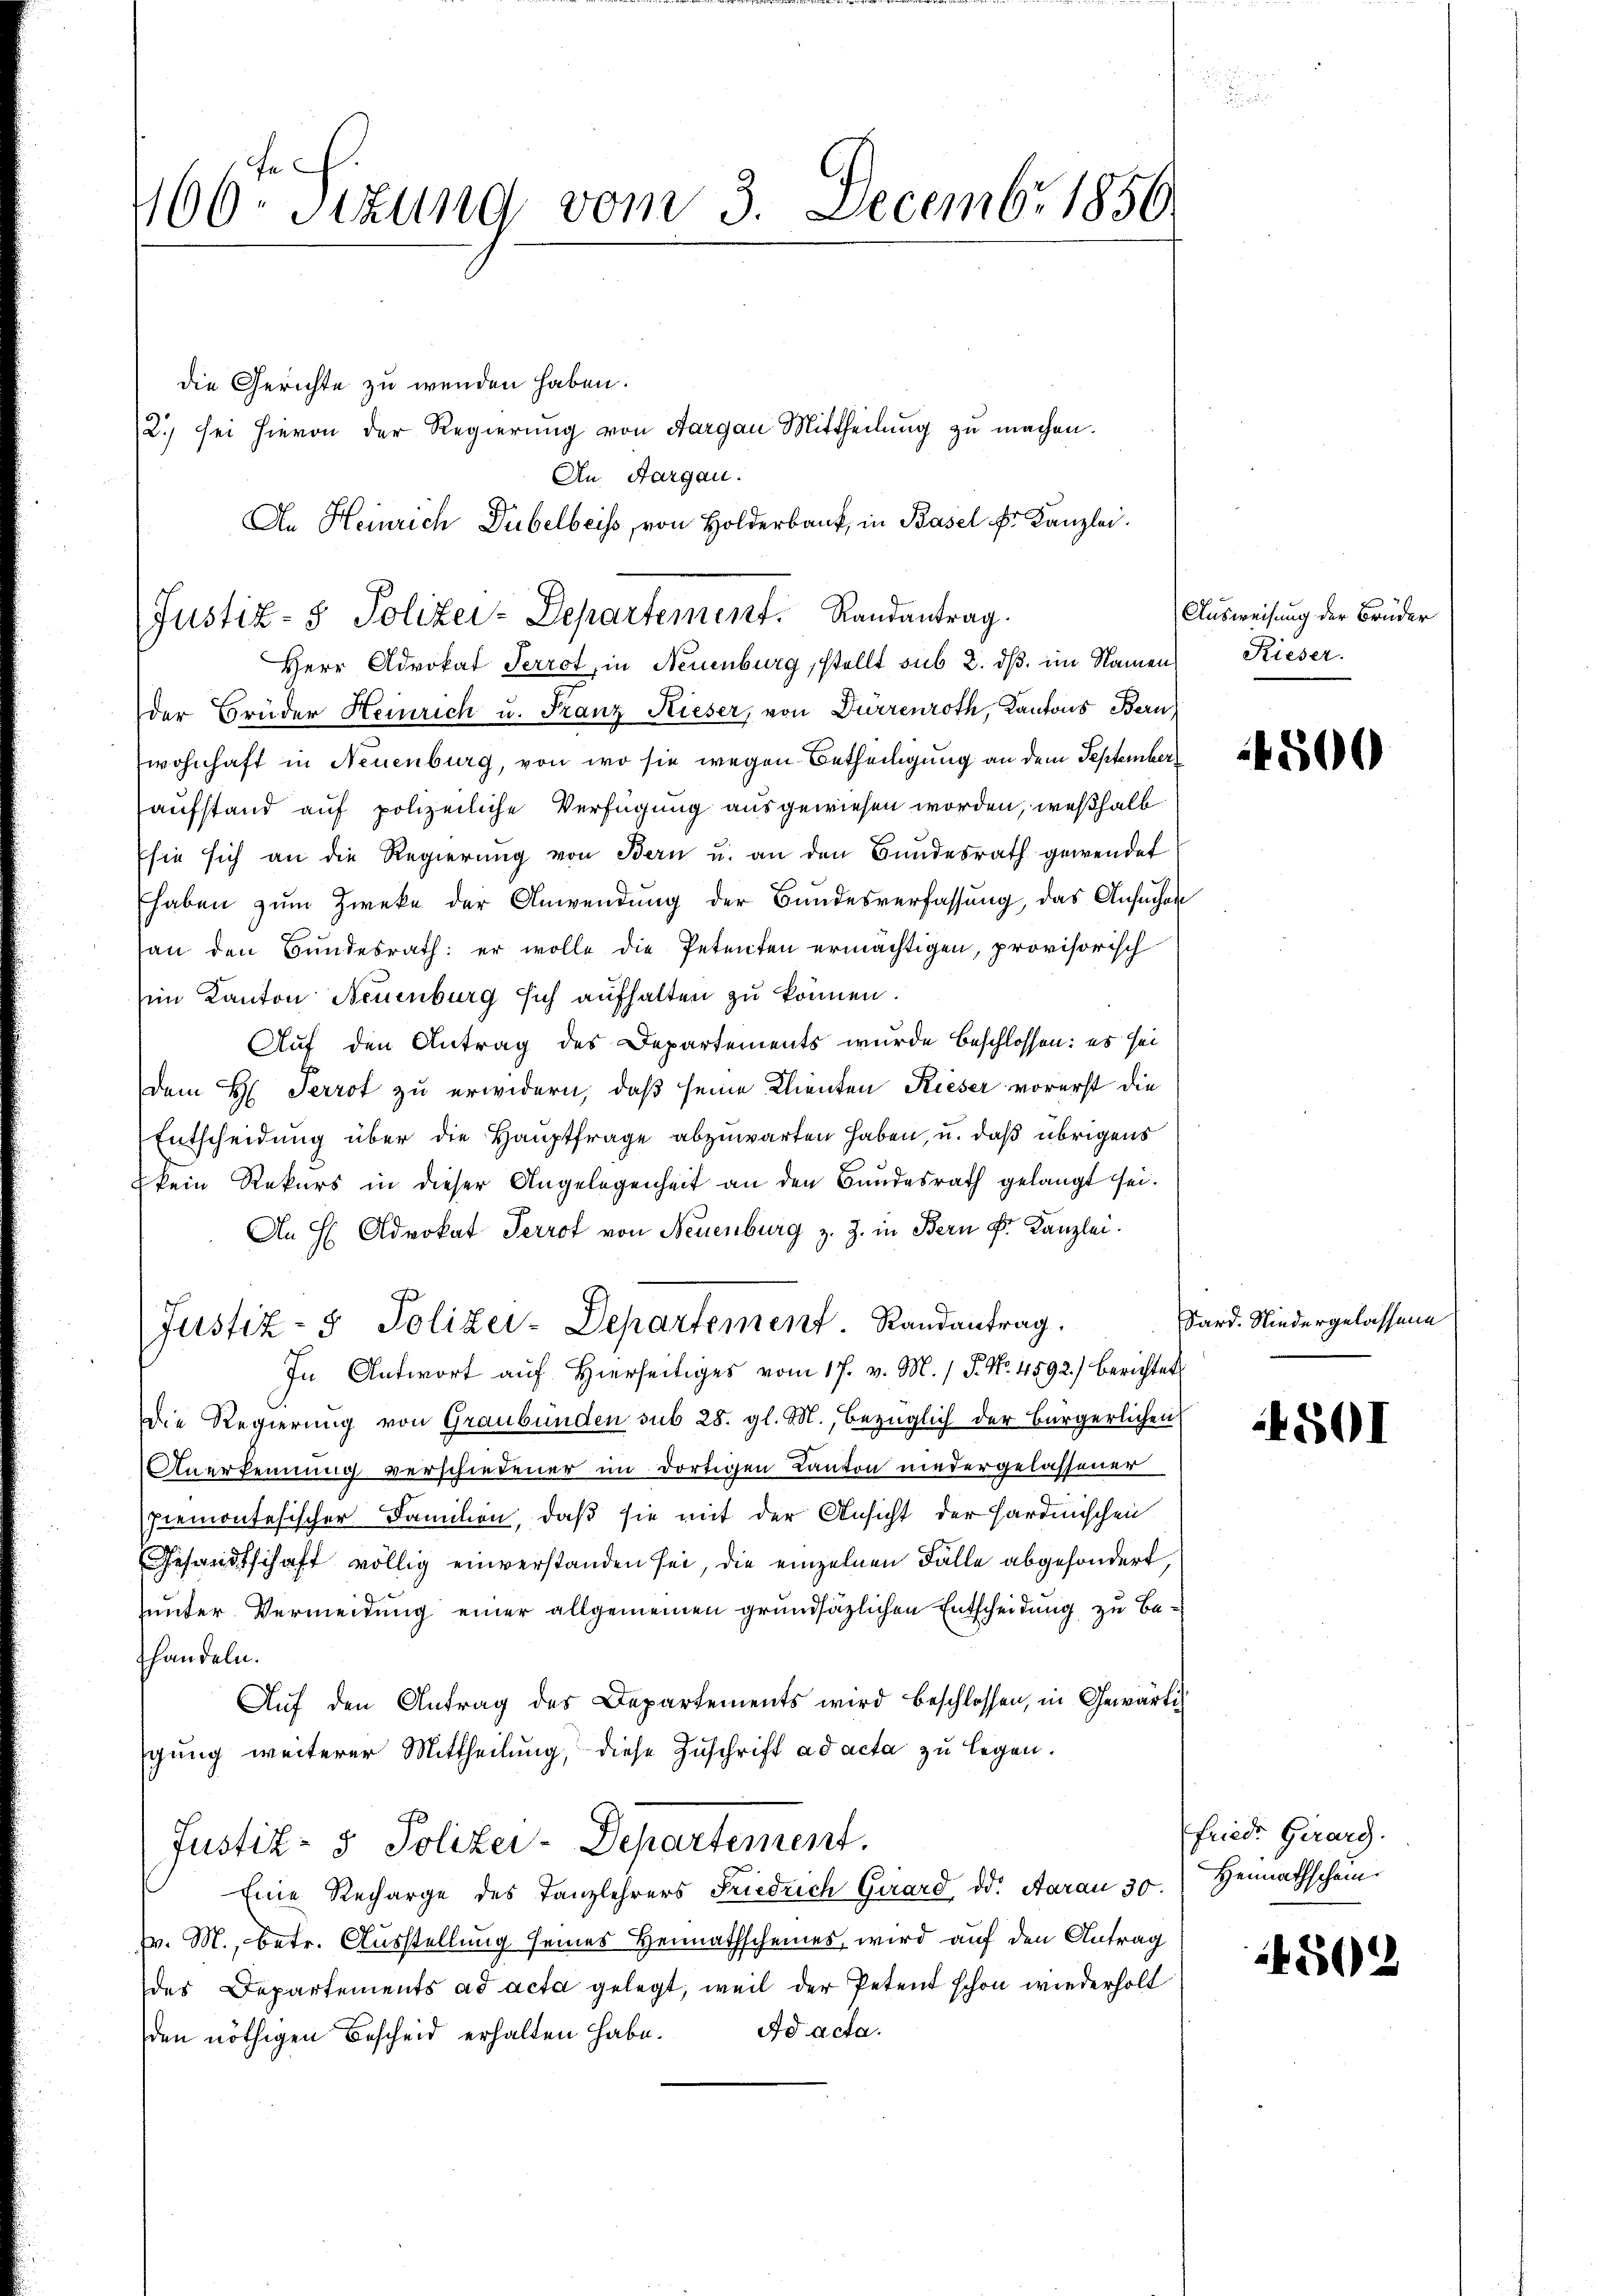
ech.
166. Sizung vom 3. Decembr 1856

die Gerichte zu wenden haben.
2.) sei hievon der Regierung von Aargau Mittheilung zu machen.
An Aargau.
An Heinrich Dubelbeiss, von Holderbank, in Basel Fr. Kanzlei.

Justiz- & Polizei-Departement. Randantrag.
Herr Advokat Perrot, in Neuenburg, stellt sub 2. dß. im Namen

der Brüder Heinrich u. Franz Rieser, von Dürrenroth, Kantons Bern,
wohnhaft in Neuenburg, von wo sie wegen Betheiligung an dem September
aufstand auf polizeiliche Verfügung ausgewiesen worden, weßhalb
sie sich an die Regierŭng von Bern u. an den Bundesrath gewendet
haben zum Zweke der Anwendung der Bundesverfassung, das Ansucher
an den Bundesrath: er wolle die Petenten ermächtigen, provisorisch
im Kanton Neuenburg sich aufhalten zu können.
Auf den Antrag des Departements wurde beschlossen: es sei
dem H: Perrot zu erwidern, daß seine Klienten Rieser vorerst die
Entscheidung über die Hauptfrage abzuwarten haben, u. daß übrigens
kein Rekurs in dieser Angelegenheit an den Bundesrath gelangt sei.
An H Advokat Perrot von Neuenburg z. Z. in Bern Fr. Kanzlei.
Justiz- & Polizei-Departement. Randantrag.
In Antwort auf hierseitiges vom 17. v. M. / J. No. 4592.) berichtet:
Die Regierung von Graubünden sub 28. gl. M., bezüglich der Bürgerlichen
Anerkennung verschiedener im dortigen Kanton niedergelassener
Piemontesischer Familien, daß sie mit der Ansicht der Hardmischen
Gesandtschaft völlig einverstanden sei, die einzelnen Fälle abgesondert,
unter Vermeidung einer allgemeinen grundsätzlichen Entscheidung zu befhandeln.
Auf den Antrag des Departements wird beschlossen, in Gewärt
gung weiterer Mittheilung, diese Zuschrift ad acta zu legen.
Justiz- & Polizei-Departement.
Eine Recharge des Tanzlehrers Friedrich Girard dd. Aarau 30. Heimathschein
fv. M., betr. Ausstellung seines Heimathscheines wird auf den Antrag
des Departements ad acta gelegt, weil der Petent schon wiederholt
Ad acta.
den nöthigen Bescheid erhalten habe.

Ausweisung der Brüder
Rieser.

4500

Sard. Niedergelassene

4501

friede Gerarg.

4502